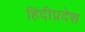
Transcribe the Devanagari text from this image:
हिंदीप्रदेश